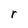
Character: r